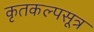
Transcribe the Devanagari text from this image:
कृतकल्पसूत्र